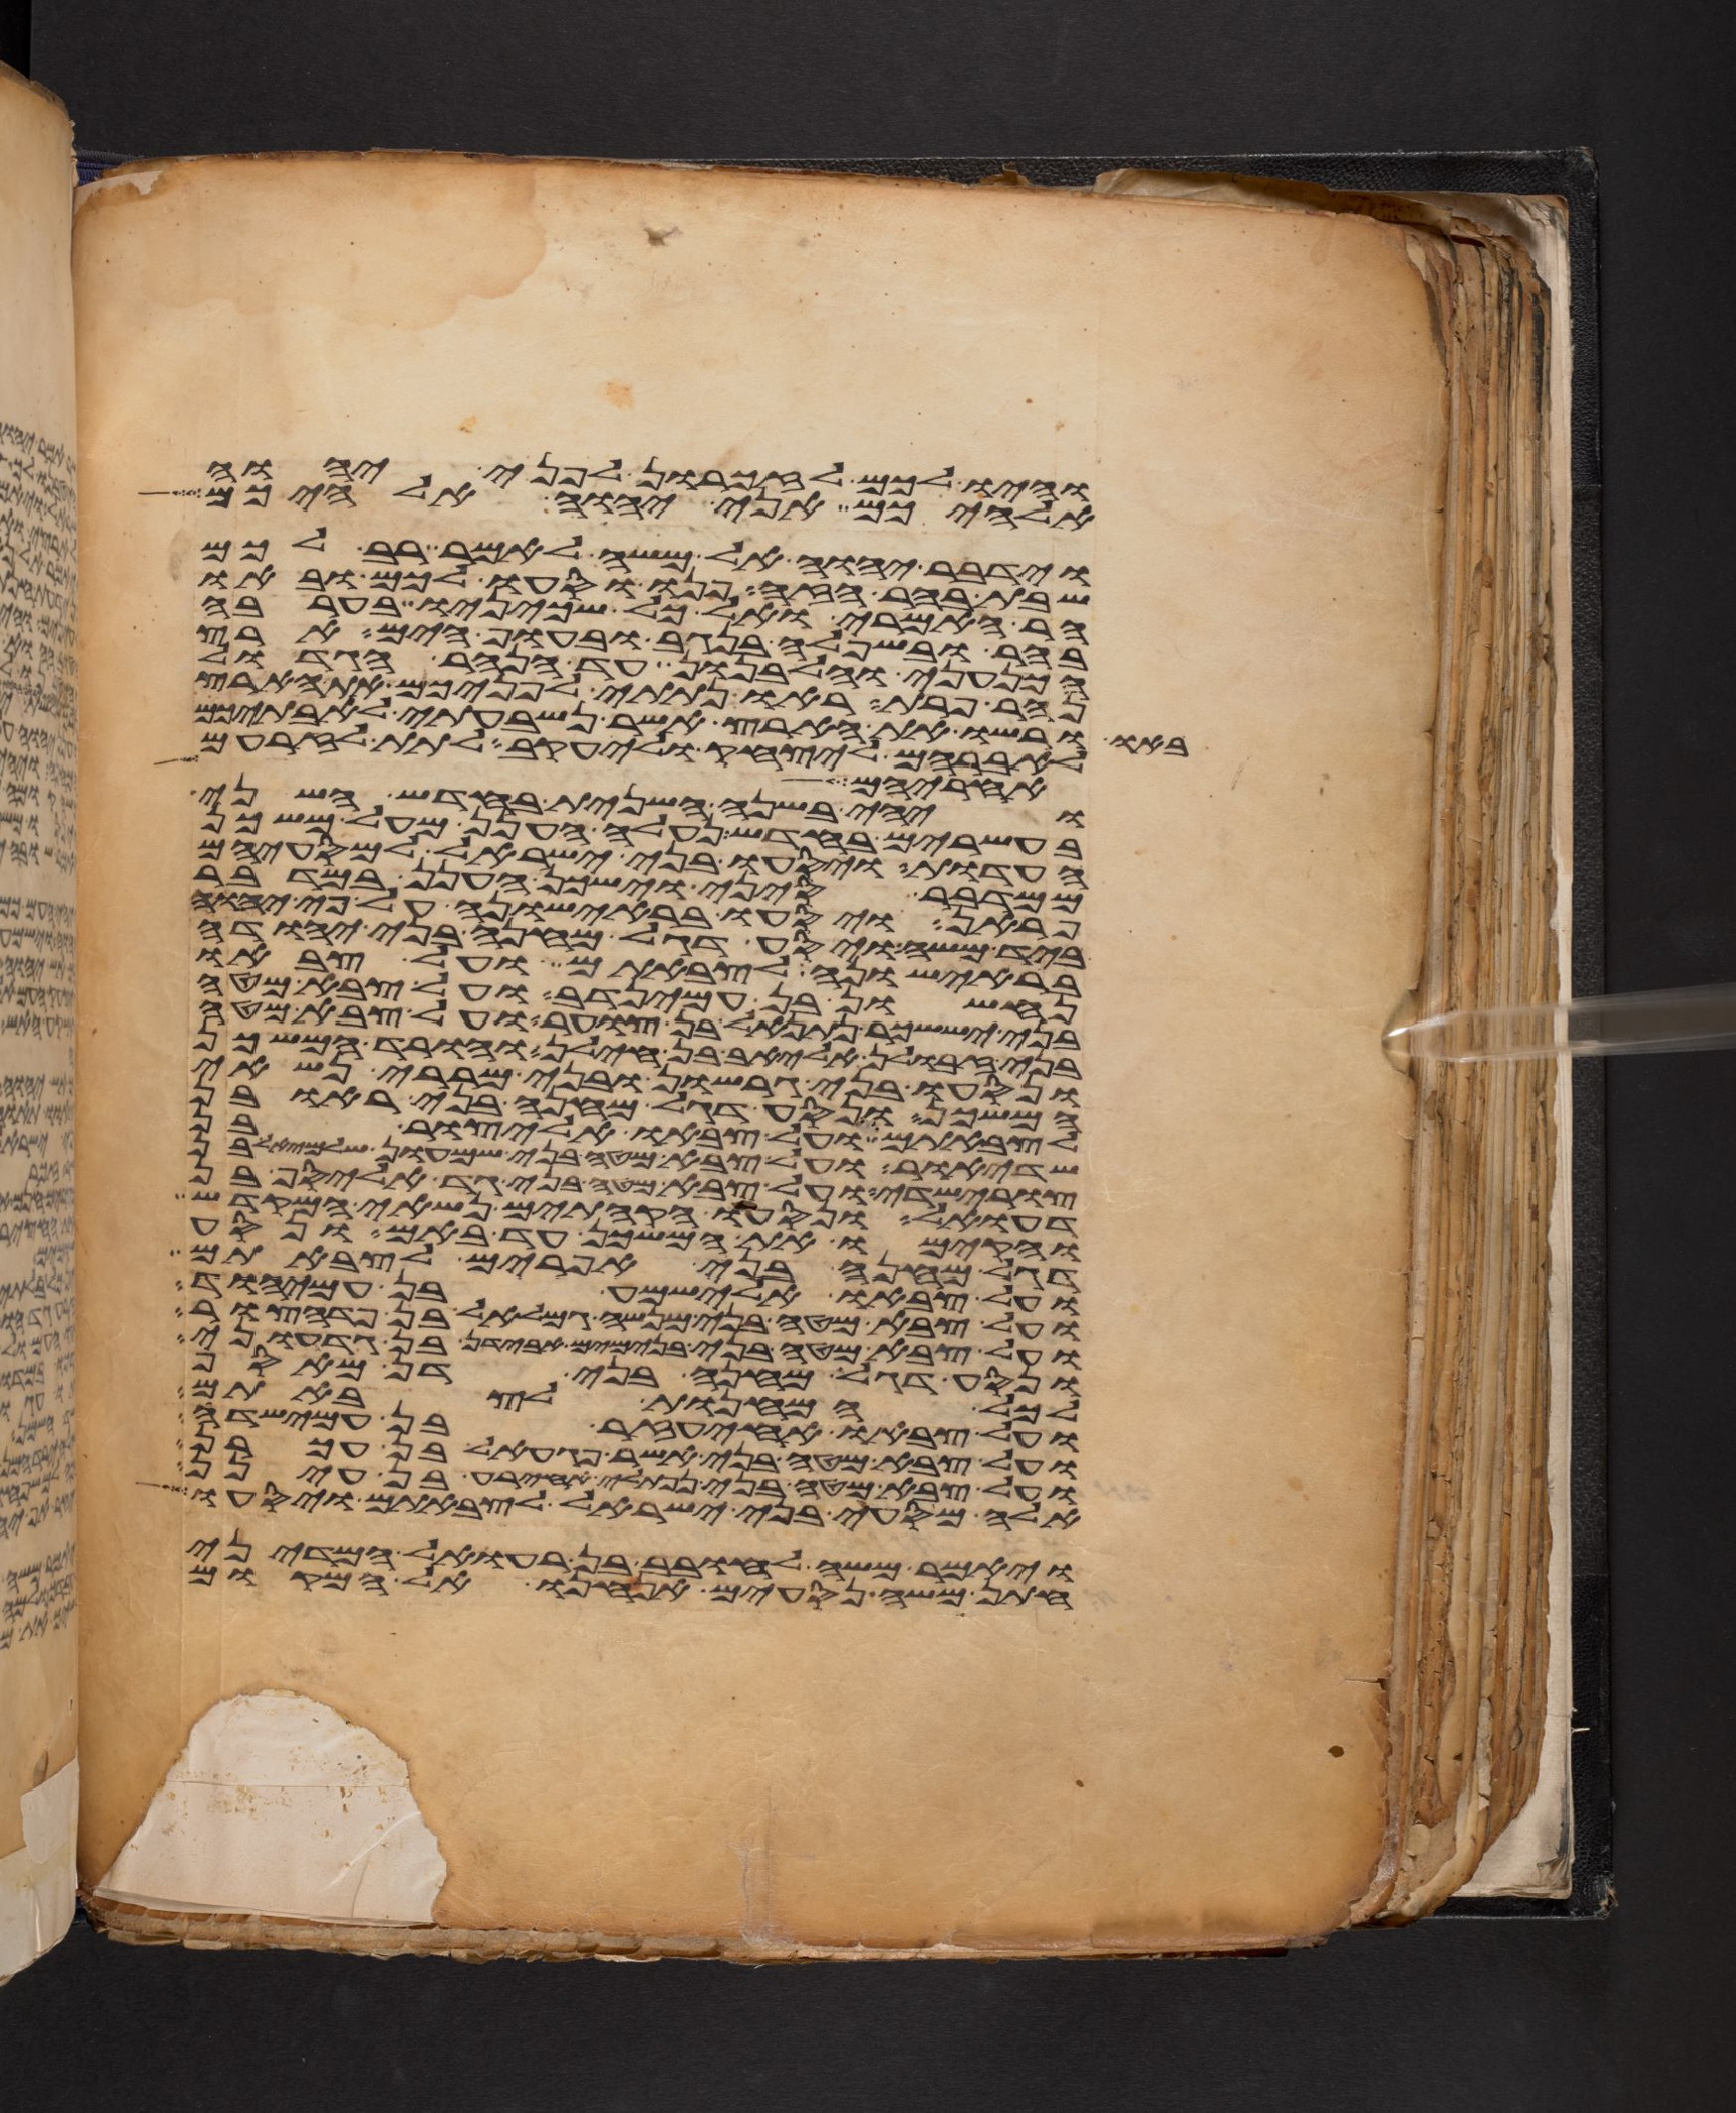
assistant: והיו לכם לזכרון לפני יהוה
אלהיכם אני יהוה אלהיכם
וידבר יהוה אל משה לאמר רב לכם
שבת בהר הזה פנו וסעו לכם ובאו
הר האמרי ואל כל שכינו בערבה
בהר ובשפלה בנגב ובחוף הים ארץ
הכנעני והלבנון עד הנהר הגדול
נהר פרת ראו נתתי לפניכם את הארץ
באו ורשו את הארץ אשר נשבעתי לאבתיכם
לאברהם ליצחק וליעקב לתת לזרעם
אחריהם לך
ויהי בשנה השנית בחדש השני
בעשרים בחדש נעלה הענן מעל משכן
העדות ויסעו בני ישראל למסעיהם
ממדבר סיני וישכן הענן במדבר
פראן ויסעו בראישונה על פי יהוה
ביד משה ויסע דגל מחנה בני יהודה
בראישונה לצבאתם ועל צבאו
נחשון בן עמינדב ועל צבא מטה
בני יששכר נתנאל בן צוער ועל צבא מטה
בני זבולן אליאב בן חילן והורד המשכן
ונסעו בני גרשון ובני מררי נשאי
המשכן ונסע דגל מחנה בני ראובן
לצבאתם ועל צבאו אליצור בן
שדיאור ועל צבא מטה בני שמעון שלמיאל בן
צורישדי ועל צבא מטה בני גד אליסף בן
דעואל ונסעו הקהתים נשאי המקדש
והקימו את המשכן עד באם ונסע
דגל מחנה בני אפרים לצבאתם
ועל צבאו אלישמע בן עמיהוד
ועל צבא מטה בני מנשה גמלאל בן פדהצור
ועל צבא מטה בני בנימים אבידן בן גדעוני
ונסע דגל מחנה בני דן מאסף
לכל המחנות לצבאתם
ועל צבאו אחיעזר בן עמישדי
ועל צבא מטה בני אשר פגעאל בן עכרן
ועל צבא מטה בני נפתלי אחירע בן עינן
אלה מסעי בני ישראל לצבאתם ויסעו
ויאמר משה לחובב בן רעואל המדיני
חתן משה נסעים אנחנו אל המקום